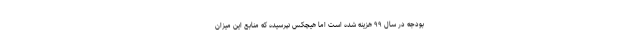
بودجه در سال ۹۹ هزینه شده است اما هیچکس نپرسیده که منابع این میزان